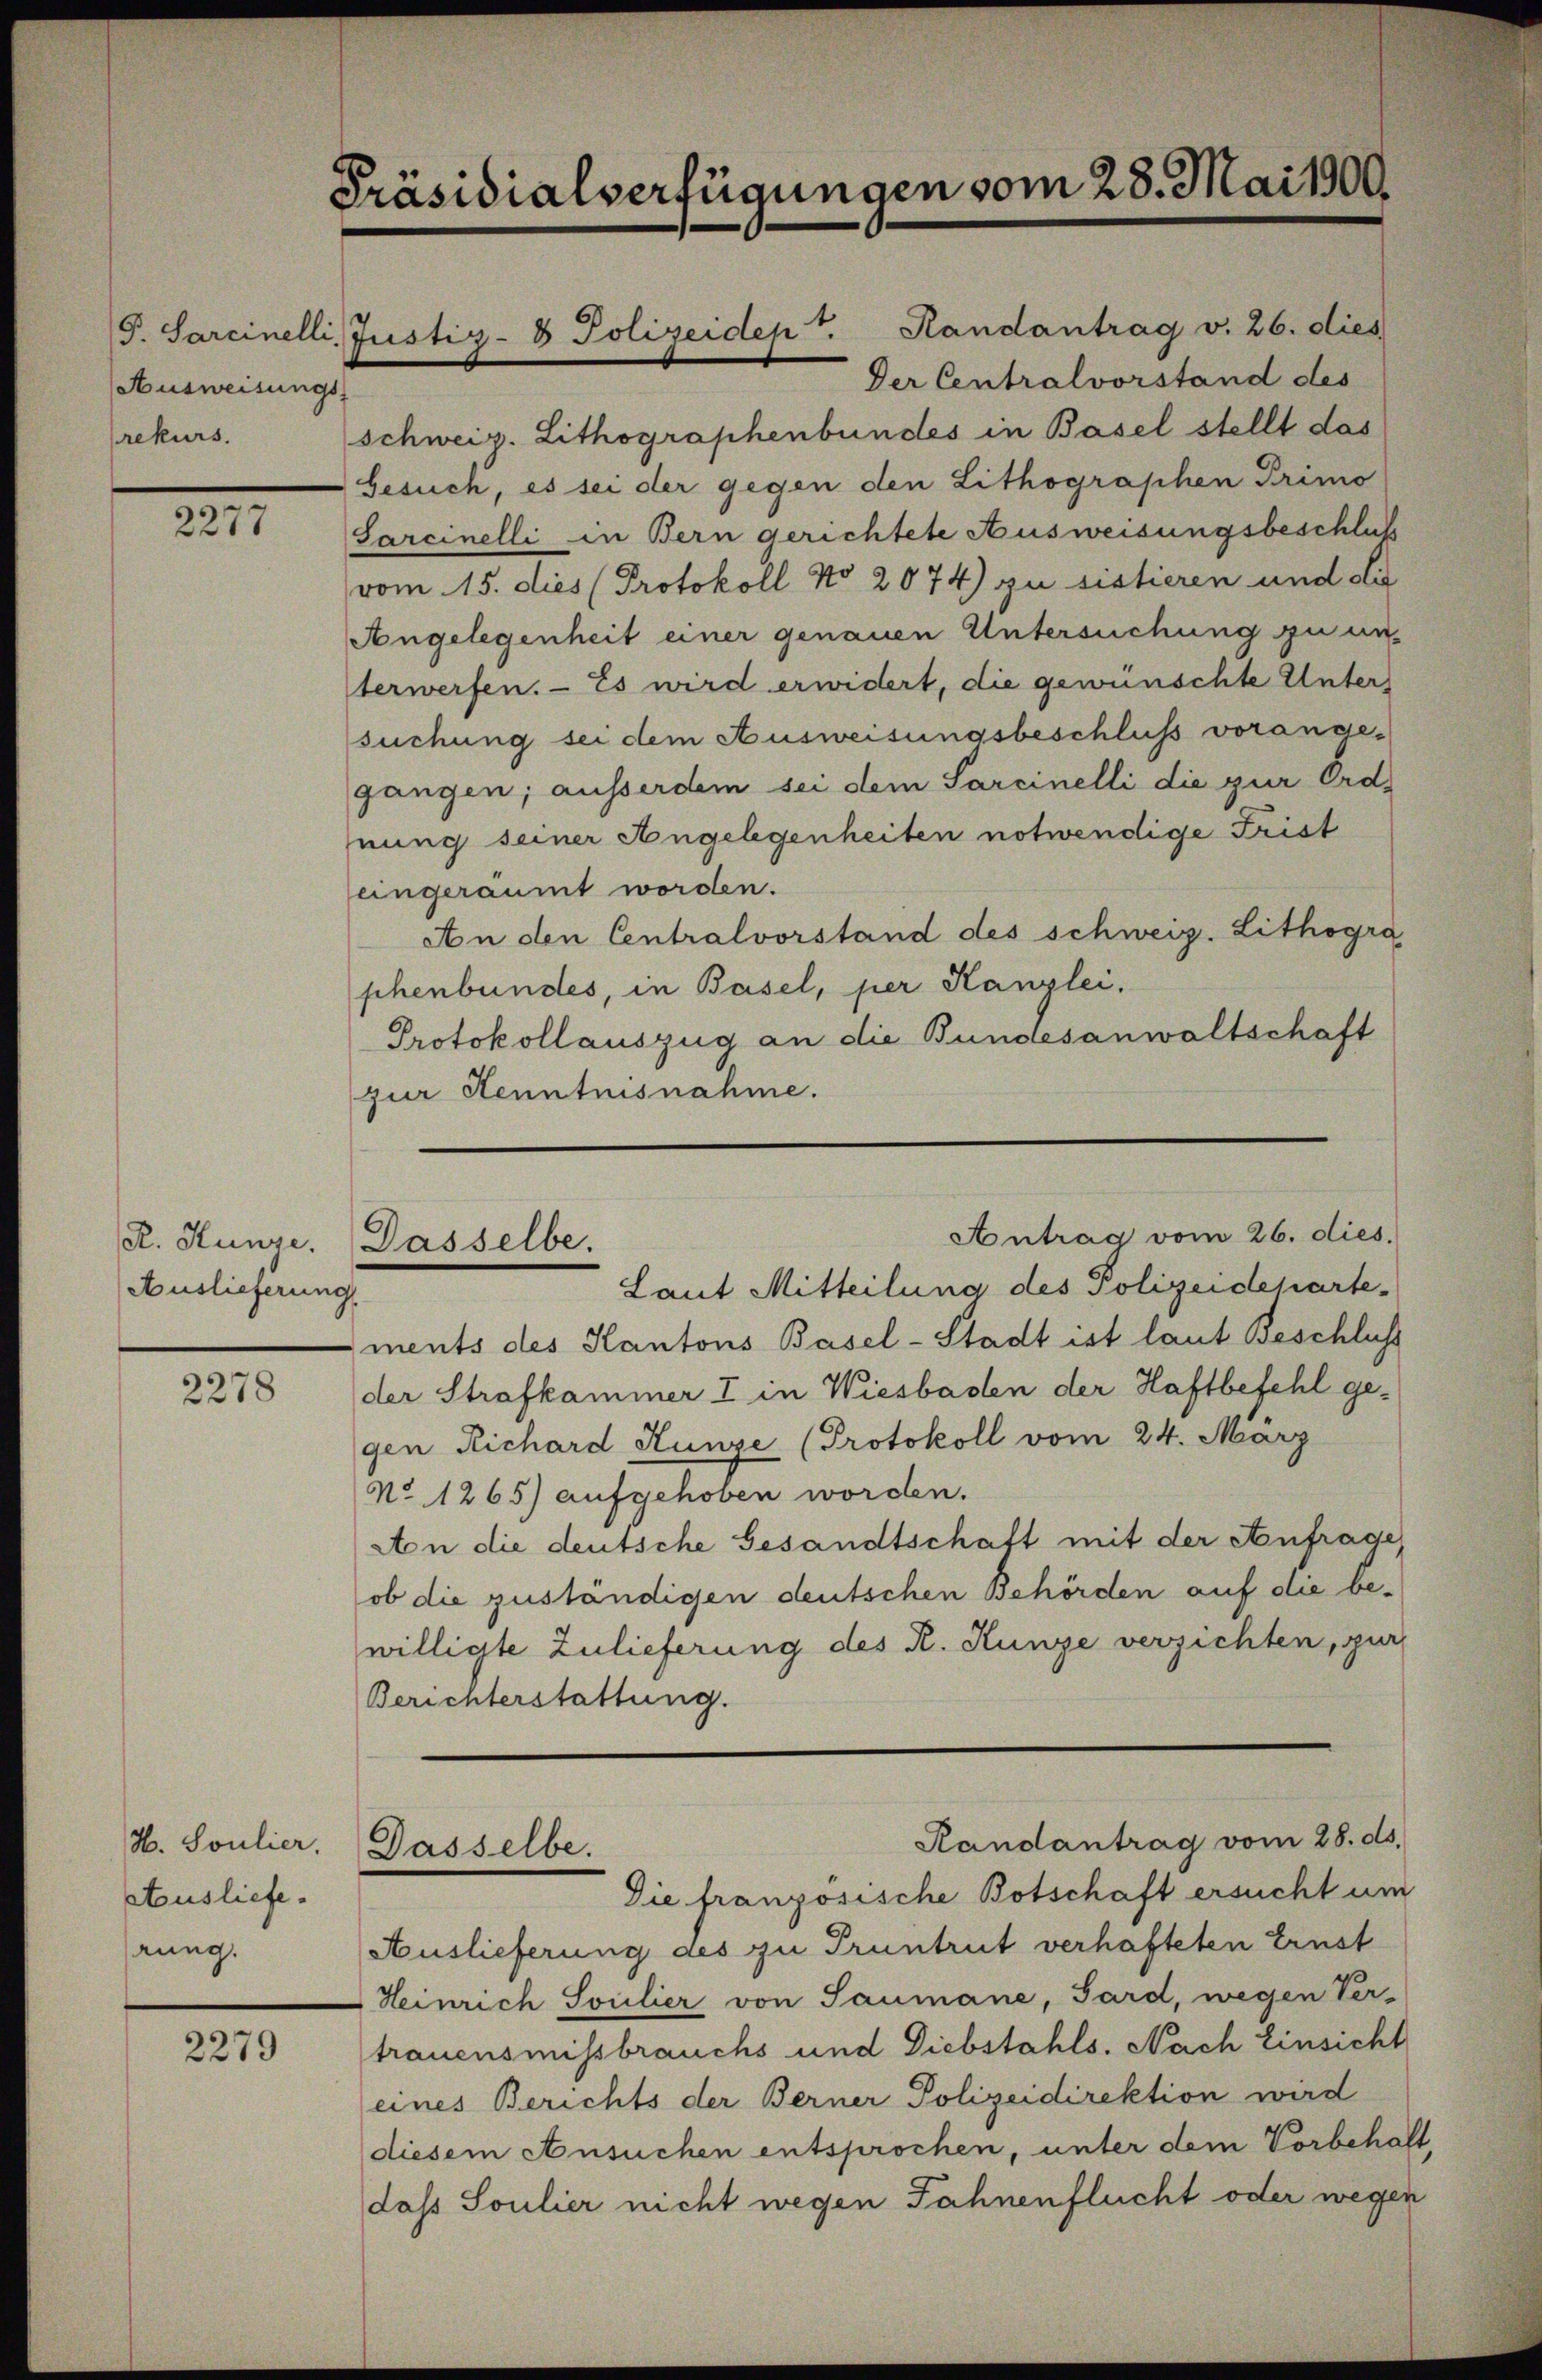
Ausweisungs-
rekurs.

2277

Auslieferung

2278

H. Soulier.
Ausliefe.
rung.

2279

Präsidialverfügungen vom 28. Mai 1909

schweiz. Lithographenbundes in Basel stellt das
Gesuch, es sei der gegen den Lithographen Primo
Sarcinelli in Bern gerichtete Ausweisungsbeschluß
vom 15. dies (Protokoll No 2074) zu sistieren und die
Angelegenheit einer genauen Untersuchung zu unterwerfen. - Es wird erwidert, die gewünschte Unter
suchung sei dem Ausweisungsbeschluß vorangegangen; ausserdem sei dem Sarcinelli die zur Ord-
nung seiner Angelegenheiten notwendige Frist
eingeräumt worden.
An den Centralvorstand des schweiz. Lithogra
phenbundes, in Basel, per Kanzlei.
Protokollauszug an die Bundesanwaltschaft
zur Kenntnisnahme.

G. Sarcinelli, Justiz- & Polizeidept. Handantrag v. 26. dies

R. Hunze. Dasselbe.

Der Centralvorstand des

Antrag vom 26. dies.
Laut Mitteilung des Polizeideparte
ments des Kantons Basel-Stadt ist laut Beschluss
der Strafkammer I in Wiesbaden der Haftbefehl ge-
gen Richard Hunze (Protokoll vom 24. März
No 1265) aufgehoben worden.
An die deutsche Gesandtschaft mit der Anfrage,
ob die zuständigen deutschen Behörden auf die bewilligte Zulieferung des R. Kunze verzichten, zur
Berichterstattung.
Randantrag vom 28. ds.
Dasselbe.
Die französische Botschaft ersucht um
Auslieferung des zu Pruntrut verhafteten Einst
Heinrich Soulier von Saumane, Pard, wegen Ver-
trauensmissbrauchs und Diebstahls. Nach Einsicht
eines Berichts der Berner Polizeidirektion wird
diesem Ansuchen entsprochen, unter dem Vorbehalt,
daß Soulier nicht wegen Jahnenflucht oder wegen